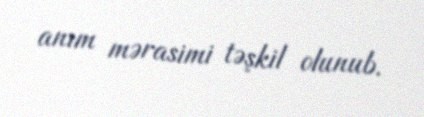
anım mərasimi təşkil olunub.